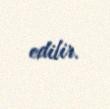
edilir.